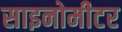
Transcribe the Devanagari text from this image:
साइनोमीटर